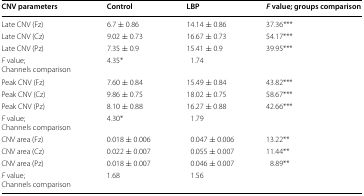
| CNV parameters | Control | LBP | F value; groups comparison |
 | --- | --- | --- | --- |
 | Late CNV (Fz) | 6.7 ± 0.86 | 14.14 ± 0.86 | 37.36*** |
 | Late CNV (Cz) | 9.02 ± 0.73 | 16.67 ± 0.73 | 54.17*** |
 | Late CNV (Pz) | 7.35 ± 0.9 | 15.41 ± 0.9 | 39.95*** |
 | F value;Channels comparison | 4.35* | 1.74 |  |
 | Peak CNV (Fz) | 7.60 ± 0.84 | 15.49 ± 0.84 | 43.82*** |
 | Peak CNV (Cz) | 9.86 ± 0.75 | 18.02 ± 0.75 | 58.67*** |
 | Peak CNV (Pz) | 8.10 ± 0.88 | 16.27 ± 0.88 | 42.66*** |
 | F value;Channels comparison | 4.30* | 1.79 |  |
 | CNV area (Fz) | 0.018 ± 0.006 | 0.047 ± 0.006 | 13.22** |
 | CNV area (Cz) | 0.022 ± 0.007 | 0.055 ± 0.007 | 11.44** |
 | CNV area (Pz) | 0.018 ± 0.007 | 0.046 ± 0.007 | 8.89** |
 | F value;Channels comparison | 1.68 | 1.56 |  |